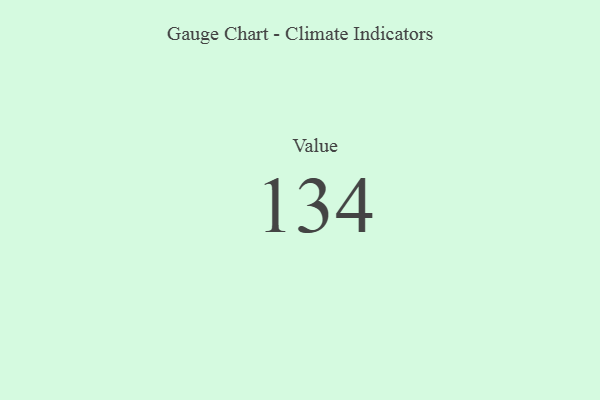
{"axis": {"x": "Metric", "y": "Value"}, "legend": [""], "data": [{"x": "Value", "y": 134, "type": ""}]}